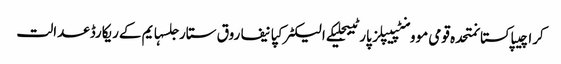
کراچیپاکستانمتحدہ قومی موومنٹپیپلز پارٹیبجلیکے الیکٹرکپانیفاروق ستارجلسہایم کےریکارڈعدالت